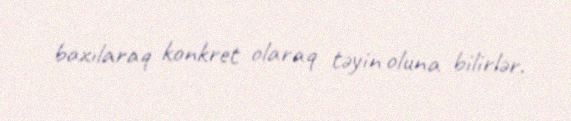
baxılaraq konkret olaraq təyin oluna bilirlər.